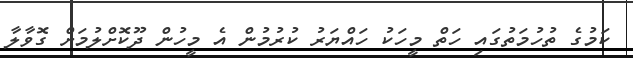
ކަމުގެ ތުހުމަތުގައި ހަތް މީހަކު ހައްޔަރު ކުރުމުން އެ މީހުން ދޫކޮށްލުމަށް ގޮވާލާ